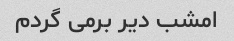
امشب دیر برمی گردم